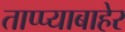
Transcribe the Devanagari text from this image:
ताप्प्याबाहेर